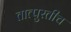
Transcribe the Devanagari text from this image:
तात्पुरतीच